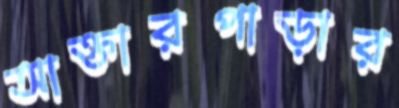
আক্তারপাড়ার